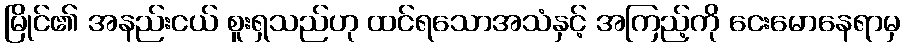
မြိုင်၏ အနည်းငယ် စူးရှသည်ဟု ထင်ရသောအသံနှင့် အကြည့်ကို ငေးမောနေရာမှ